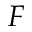
F